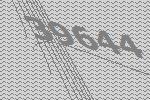
39644